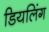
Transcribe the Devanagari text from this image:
डियलिंग